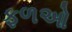
ફળઓ